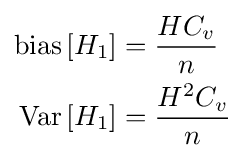
{\begin{aligned}\operatorname {bias} \left[H_{1}\right]&={\frac {HC_{v}}{n}}\\\operatorname {Var} \left[H_{1}\right]&={\frac {H^{2}C_{v}}{n}}\end{aligned}}